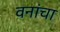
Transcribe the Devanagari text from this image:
वनांचा